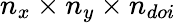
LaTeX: n_{x}\times n_{y}\times n_{doi}